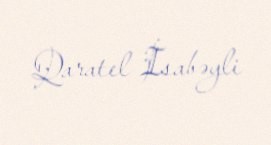
Qaratel İsabəyli